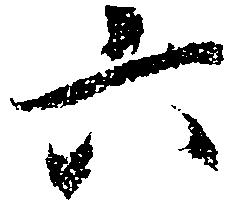
六